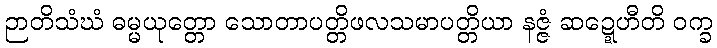
ဉာတိသံဃံ ဓမ္မယုတ္တော သောတာပတ္တိဖလသမာပတ္တိယာ နဇ္ဇံ ဆဍ္ဍေဟီတိ ဝက္ခ